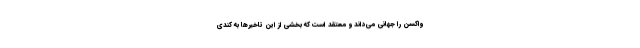
واکسن را جهانی می‌داند و معتقد است که بخشی از این تاخیرها به کُندی